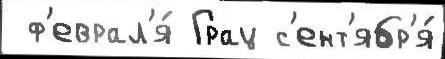
 ф'еврал'я́ Грац с'ент'ябр'я́